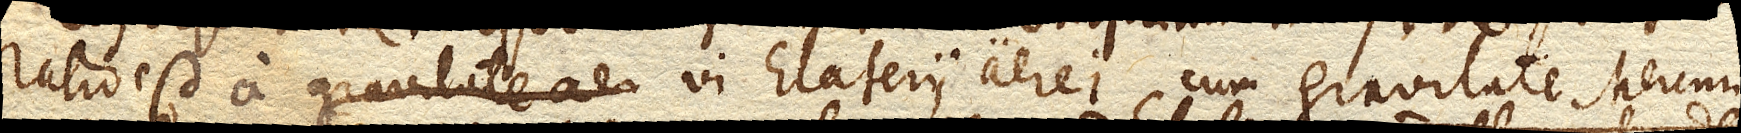
ratio est a vi Elaterii aerei cum gravitate Mercurii